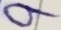
Text: 9